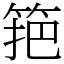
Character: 筢